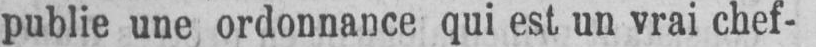
publie une ordonnance qui est un vrai chef-